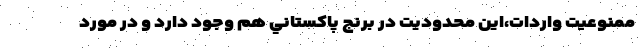
ممنوعيت واردات،اين محدوديت در برنج پاكستاني هم وجود دارد و در مورد